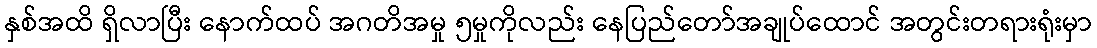
နှစ်အထိ ရှိလာပြီး နောက်ထပ် အဂတိအမှု ၅မှုကိုလည်း နေပြည်တော်အချုပ်ထောင် အတွင်းတရားရုံးမှာ